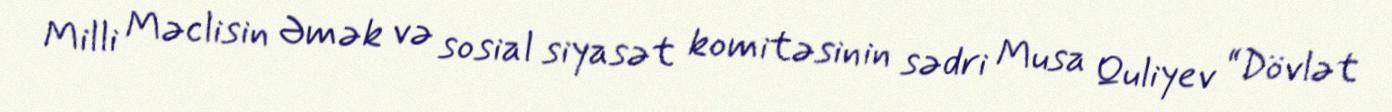
Milli Məclisin Əmək və sosial siyasət komitəsinin sədri Musa Quliyev “Dövlət